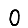
Digit: 0